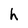
Character: h